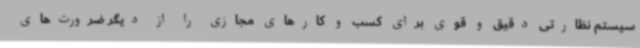
سیستم نظارتی دقیق و قوی برای کسب و کارهای مجازی را از دیگر ضرورت‌های